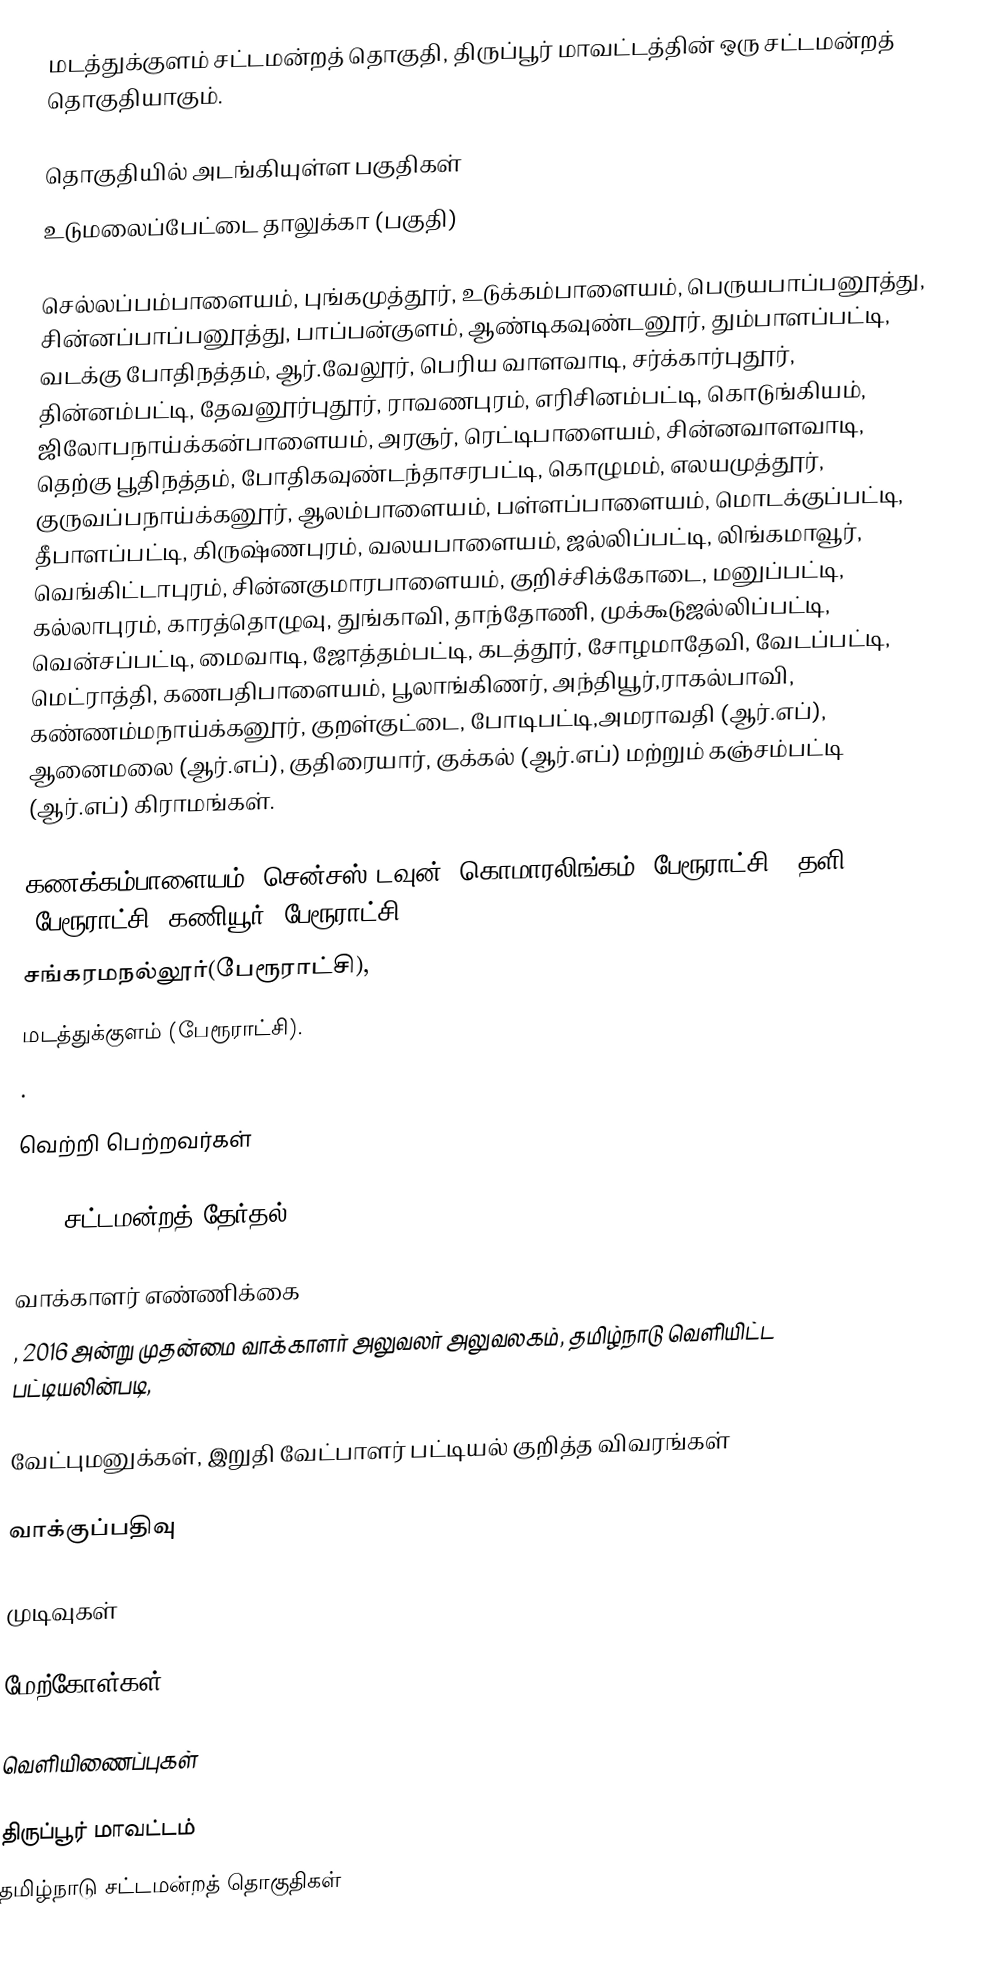
மடத்துக்குளம் சட்டமன்றத் தொகுதி, திருப்பூர் மாவட்டத்தின் ஒரு சட்டமன்றத் தொகுதியாகும்.

தொகுதியில் அடங்கியுள்ள பகுதிகள்
உடுமலைப்பேட்டை தாலுக்கா (பகுதி)

செல்லப்பம்பாளையம், புங்கமுத்தூர், உடுக்கம்பாளையம், பெருயபாப்பனூத்து, சின்னப்பாப்பனூத்து, பாப்பன்குளம், ஆண்டிகவுண்டனூர், தும்பாளப்பட்டி, வடக்கு போதிநத்தம், ஆர்.வேலூர், பெரிய வாளவாடி, சர்க்கார்புதூர், தின்னம்பட்டி, தேவனூர்புதூர், ராவணபுரம், எரிசினம்பட்டி, கொடுங்கியம், ஜிலோபநாய்க்கன்பாளையம், அரசூர், ரெட்டிபாளையம், சின்னவாளவாடி, தெற்கு பூதிநத்தம், போதிகவுண்டந்தாசரபட்டி, கொழுமம், எலயமுத்தூர், குருவப்பநாய்க்கனூர், ஆலம்பாளையம், பள்ளப்பாளையம், மொடக்குப்பட்டி, தீபாளப்பட்டி, கிருஷ்ணபுரம், வலயபாளையம், ஜல்லிப்பட்டி, லிங்கமாவூர், வெங்கிட்டாபுரம், சின்னகுமாரபாளையம், குறிச்சிக்கோடை, மனுப்பட்டி, கல்லாபுரம், காரத்தொழுவு, துங்காவி, தாந்தோணி, முக்கூடுஜல்லிப்பட்டி, வென்சப்பட்டி, மைவாடி, ஜோத்தம்பட்டி, கடத்தூர், சோழமாதேவி, வேடப்பட்டி, மெட்ராத்தி, கணபதிபாளையம், பூலாங்கிணர், அந்தியூர்,ராகல்பாவி, கண்ணம்மநாய்க்கனூர், குறள்குட்டை, போடிபட்டி,அமராவதி (ஆர்.எப்), ஆனைமலை (ஆர்.எப்), குதிரையார், குக்கல் (ஆர்.எப்) மற்றும் கஞ்சம்பட்டி (ஆர்.எப்) கிராமங்கள்.

கணக்கம்பாளையம் (சென்சஸ் டவுன்) கொமாரலிங்கம் (பேரூராட்சி), தளி (பேரூராட்சி),கணியூர் (பேரூராட்சி),
சங்கரமநல்லூர்(பேரூராட்சி),
மடத்துக்குளம் (பேரூராட்சி).
.

வெற்றி பெற்றவர்கள்

2016 சட்டமன்றத் தேர்தல்

வாக்காளர் எண்ணிக்கை
, 2016 அன்று முதன்மை வாக்காளர் அலுவலர் அலுவலகம், தமிழ்நாடு வெளியிட்ட பட்டியலின்படி,

வேட்புமனுக்கள், இறுதி வேட்பாளர் பட்டியல் குறித்த விவரங்கள்

வாக்குப்பதிவு

முடிவுகள்

மேற்கோள்கள்

வெளியிணைப்புகள்

திருப்பூர் மாவட்டம்
தமிழ்நாடு சட்டமன்றத் தொகுதிகள்